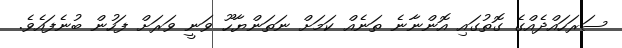
ސަރަހައްދެއްގެ ގޮތުގައި އޮންނާނެ ތަނެއް ކަމަށް ނަތަންޔާހޫ ވަނީ ވަރަށް ފަހުން ބުނެފައެވެ.